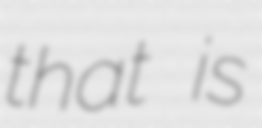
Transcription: that is